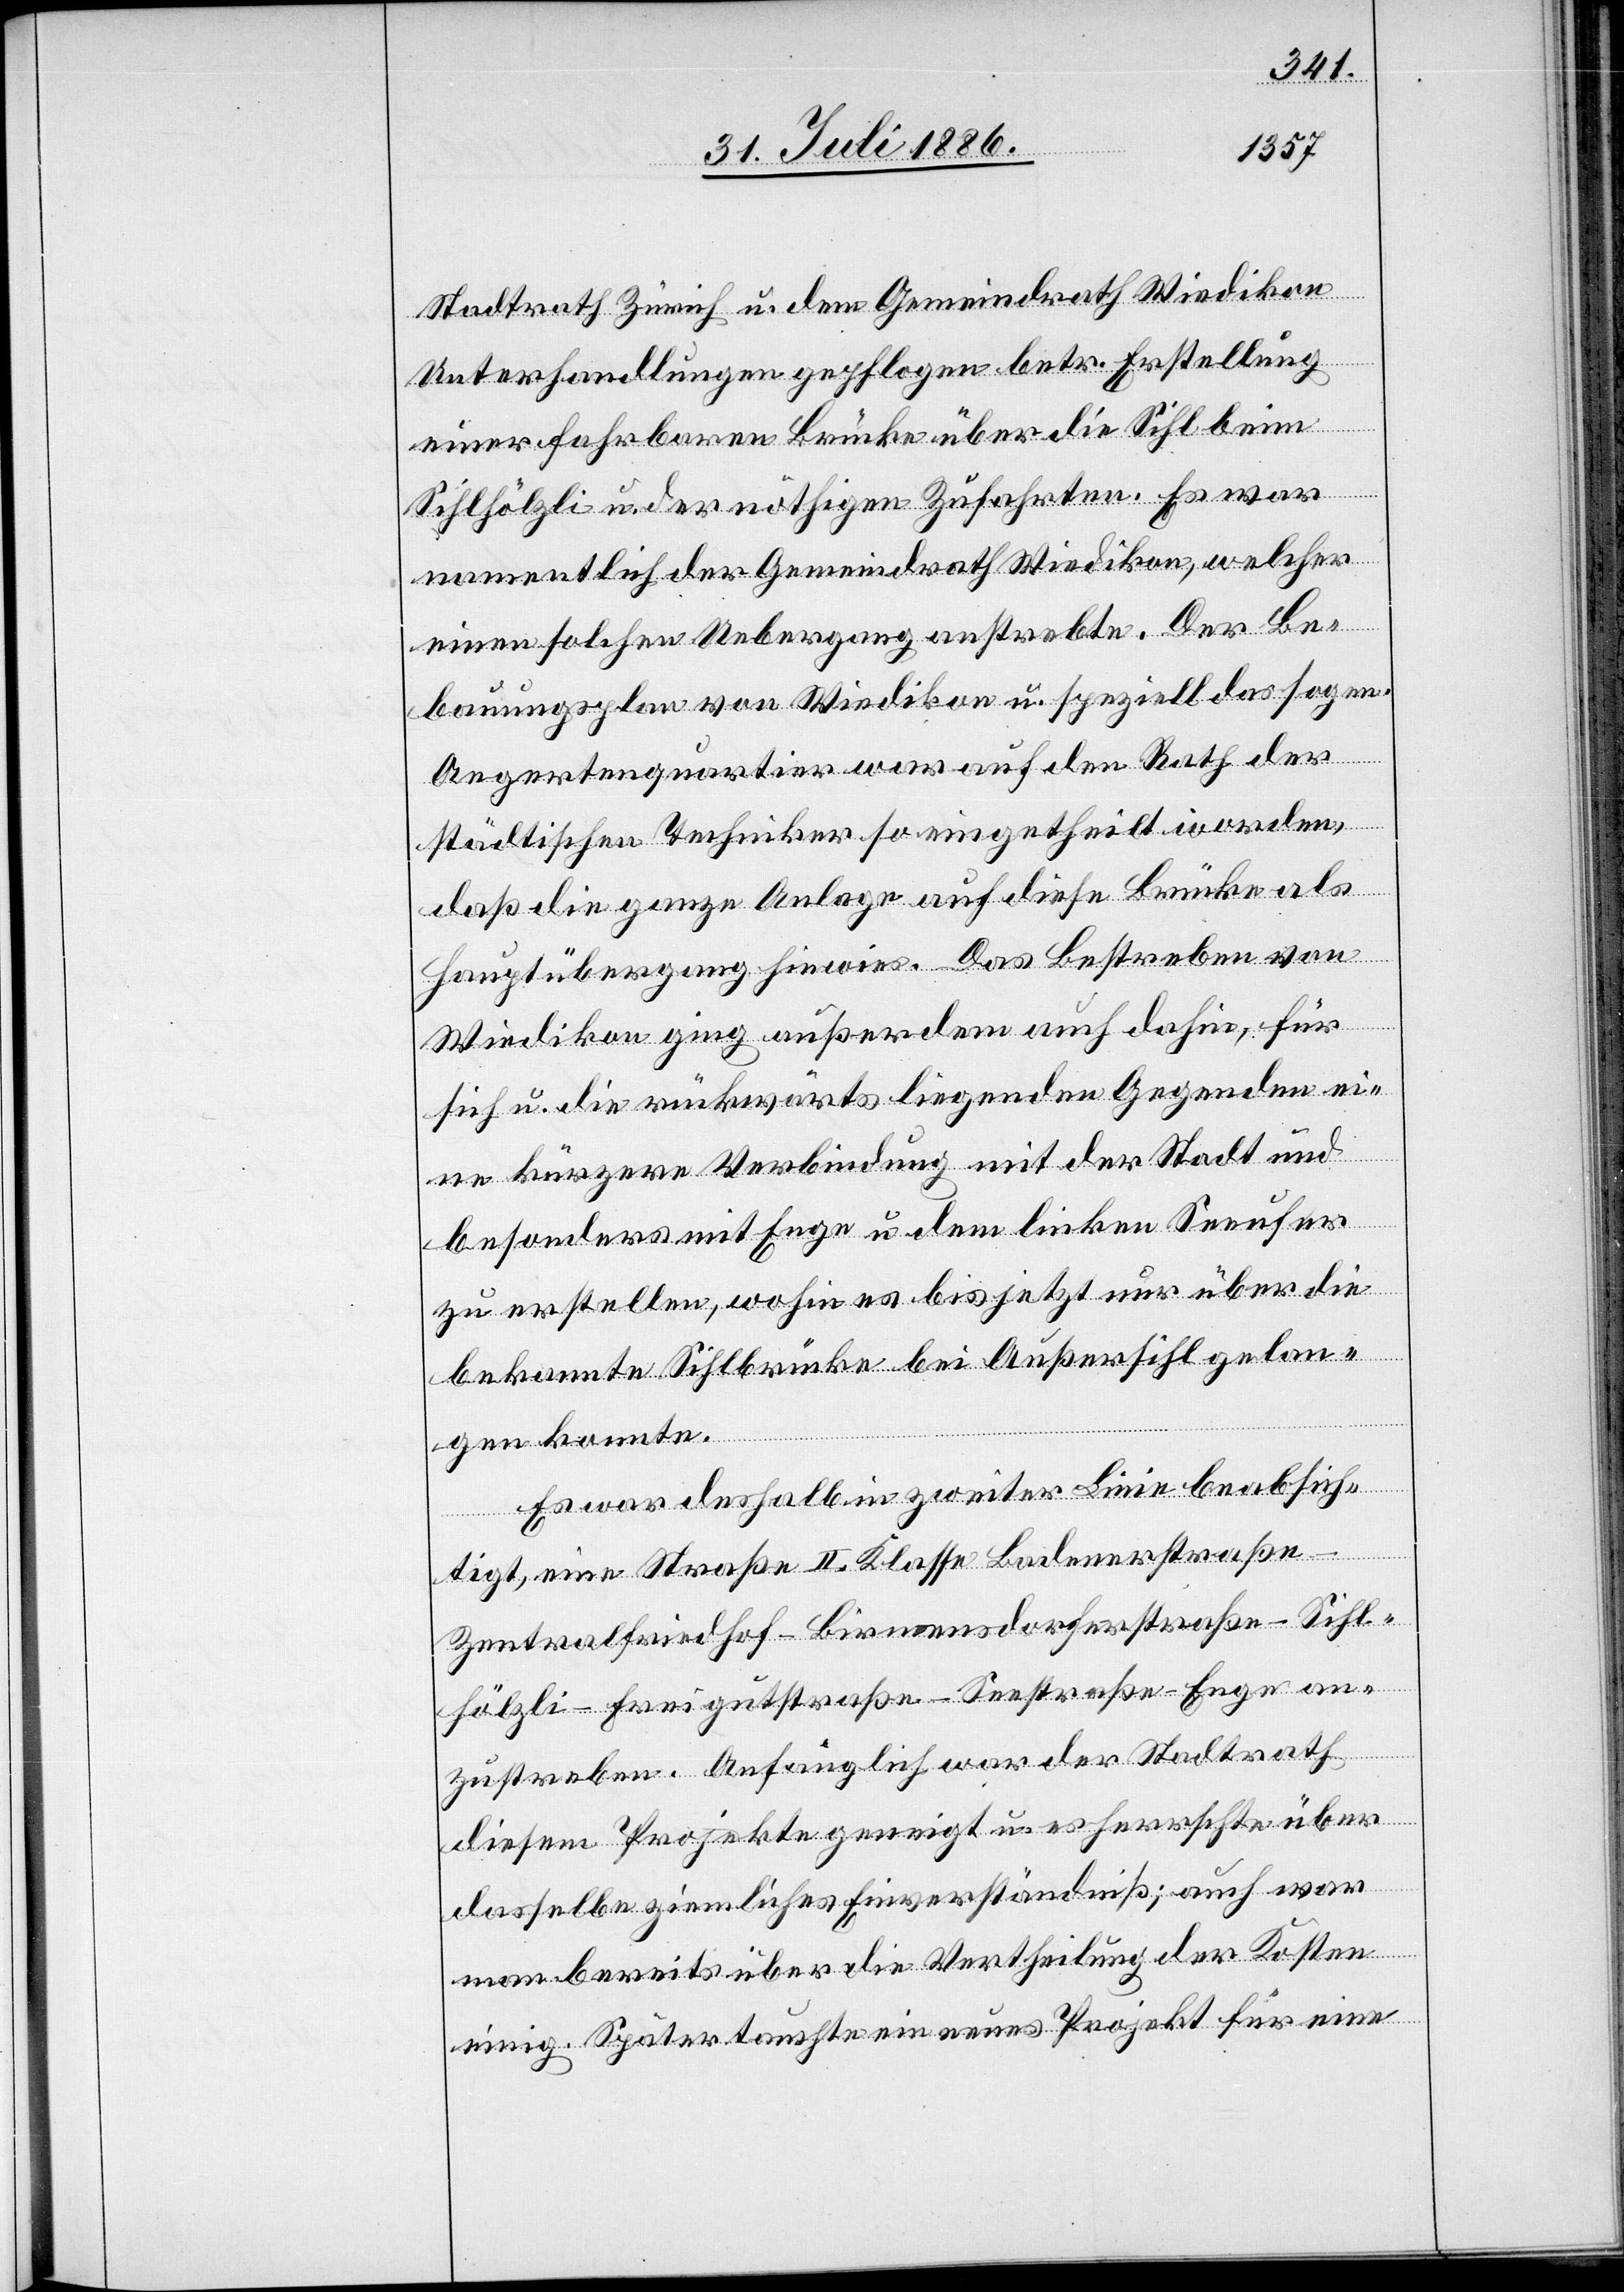
Stadtrath Zürich u. dem Gemeindrath Wiedikon
Unterhandlungen gepflogen betr. Erstellung
einer fahrbaren Brücke über die Sihl beim
Sihlhölzli u. der nöthigen Zufahrten. Es war
namentlich der Gemeindrath Wiedikon, welcher
einen solchen Uebergang anstrebte. Der Be¬
bauungsplan von Wiedikon u. speziell das sogen.
Aegertenquartier war auf den Rath der
städtischen Techniker so eingetheilt worden,
daß die ganze Anlage auf diese Brücke als
Hauptübergang hinwies. Das Bestreben von
Wiedikon ging außerdem auch dahin, für
sich u. die rückwärts liegenden Gegenden ei¬
ne kürzere Verbindung mit der Stadt und
besonders mit Enge u. dem linken Seeufer
zu erstellen, wohin es bis jetzt nur über die
bekannte Sihlbrücke bei Außersihl gelan¬
riedho¬
gen konnte.
Es war deshalb in zweiter Linie beabsich¬
tigt, eine Straße II. Klasse Badenerstraße–Z¬
zustreben. Anfänglich war der Stadtrath
diesem Projekte geneigt u. es herrschte über
dasselbe ziemliches Einverständniß; auch war
an¬
man bereits über die Vertheilung der Kosten
einig. Später tauchte ein neues Projekt für eine